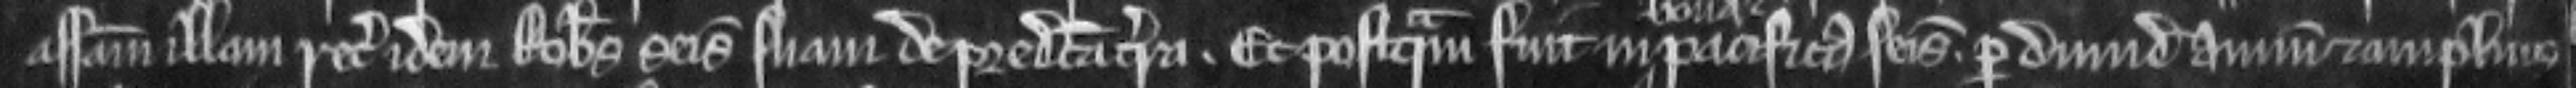
assisam illam recuperavit idem Robertus seisinam suam de predicta terra. Et postquam fuit in pacifica seisina per dimidium annum et amplius